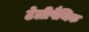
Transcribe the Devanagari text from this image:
टेलीपैथिक